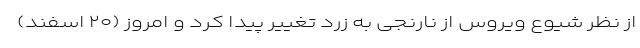
از نظر شیوع ویروس از نارنجی به زرد تغییر پیدا کرد و امروز (۲۰ اسفند)